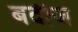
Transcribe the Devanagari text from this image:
बर्दीज